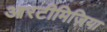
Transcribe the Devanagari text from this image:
आरटीमिज़िया